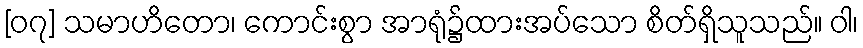
[၀၇] သမာဟိတော၊ ကောင်းစွာ အာရုံ၌ထားအပ်သော စိတ်ရှိသူသည်။ ဝါ၊